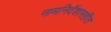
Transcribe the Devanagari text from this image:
नामनिर्देशासहीत